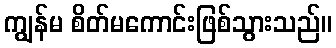
ကျွန်မ စိတ်မကောင်းဖြစ်သွားသည်။